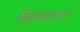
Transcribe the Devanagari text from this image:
विशेषांकाच्या